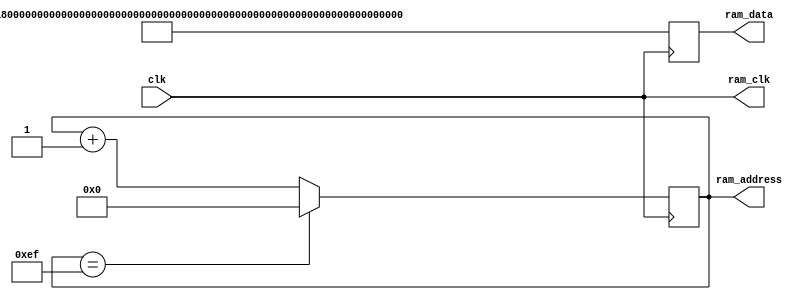
module test_ram_writer(clk, ram_address, ram_data, ram_clk);

input wire clk;
output reg [7:0] ram_address;
output reg [319:0] ram_data;
output wire ram_clk;

assign ram_clk = clk;

always @(posedge clk) begin
	ram_data <= 320'b10101010101010101010101010101010101010101010101010101010101010101010101010101010101010101010101010101010101010101010101010101010101010101010101010101010101010101010101010101010101010101010101010101010101010101010101010101010101010101010101010101010101010101010101010101010101010101010101010101010101010101010101010101010;
	//ram_data <= (ram_address * 32);
	if(ram_address == 239) begin
		ram_address <= 0;
	end else begin
		ram_address <= ram_address  + 1;
	end
end

endmodule